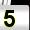
Digit: 5